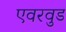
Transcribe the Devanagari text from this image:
एवरवुड